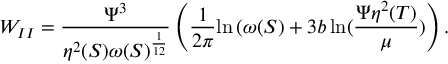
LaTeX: W _ { I I } = \frac { { \Psi } ^ { 3 } } { \eta ^ { 2 } ( S ) { \omega ( S ) } ^ { \frac { 1 } { 1 2 } } } \left( \frac { 1 } { 2 \pi } { \ln { ( \omega ( S ) } } + 3 b \ln ( \frac { \Psi \eta ^ { 2 } ( T ) } { \mu } ) \right) .